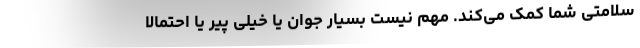
سلامتی شما کمک می‌کند. مهم نیست بسیار جوان یا خیلی پیر یا احتمالا